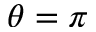
\theta = \pi